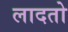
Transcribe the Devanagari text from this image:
लादतो